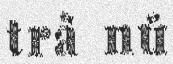
trà nú